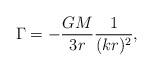
LaTeX: \begin{align*}\Gamma= - {GM\over 3 r}{1\over (kr)^2}, \end{align*}